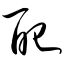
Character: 配